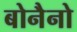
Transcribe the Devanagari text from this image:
बोनैनो